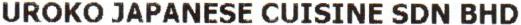
UROKO JAPANESE CUISINE SDN BHD